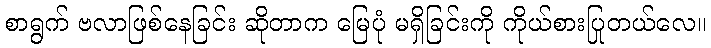
စာရွက် ဗလာဖြစ်နေခြင်း ဆိုတာက မြေပုံ မရှိခြင်းကို ကိုယ်စားပြုတယ်လေ။